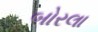
બોરલા